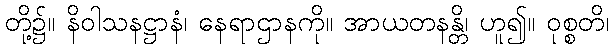
တို့၌။ နိဝါသနဋ္ဌာနံ၊ နေရာဌာနကို။ အာယတနန္တိ၊ ဟူ၍။ ဝုစ္စတိ၊